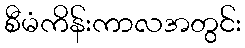
စီမံကိန်းကာလအတွင်း